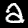
Digit: 2